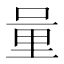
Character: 𨤥